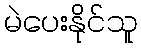
မဲပေးနိုင်သူ